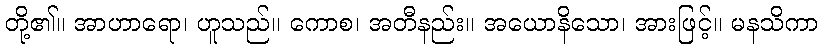
တို့၏။ အာဟာရော၊ ဟူသည်။ ကောစ၊ အတီနည်း။ အယောနိသော၊ အားဖြင့်။ မနသိကာ